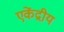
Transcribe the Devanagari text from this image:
एकेंद्रीय